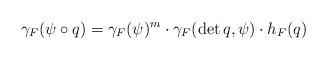
LaTeX: \begin{align*} \gamma_F(\psi \circ q) = \gamma_F(\psi)^m \cdot \gamma_F(\det q, \psi) \cdot h_F(q)\end{align*}